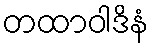
တထာဝါဒိနံ